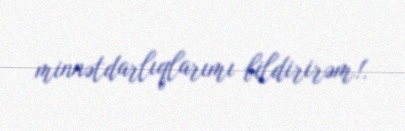
minnətdarlıqlarımı bildirirəm!.